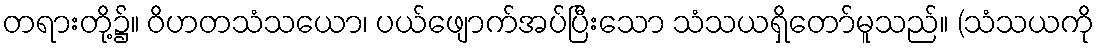
တရားတို့၌။ ဝိဟတသံသယော၊ ပယ်ဖျောက်အပ်ပြီးသော သံသယရှိတော်မူသည်။ (သံသယကို